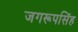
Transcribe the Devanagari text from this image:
जगरूपसिंह